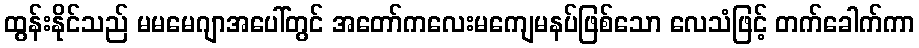
ထွန်းနိုင်သည် မမမေဂျာအပေါ်တွင် အတော်ကလေးမကျေမနပ်ဖြစ်သော လေသံဖြင့် တက်ခေါက်ကာ